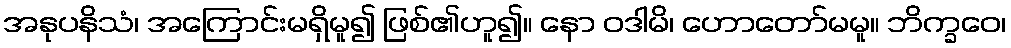
အနုပနိသံ၊ အကြောင်းမရှိမူ၍ ဖြစ်၏ဟူ၍။ နော ဝဒါမိ၊ ဟောတော်မမူ။ ဘိက္ခဝေ၊